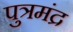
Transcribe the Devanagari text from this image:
पुत्रमंद्र